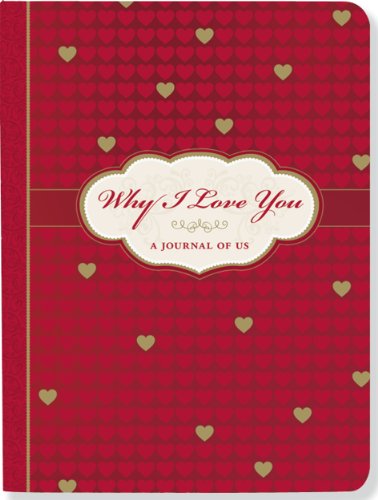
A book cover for Why I Love You: A Journal of Us (What I Love About You Journal); Suzanne Zenkel; Self-Help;